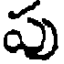
పు